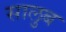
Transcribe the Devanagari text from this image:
सालुब